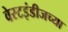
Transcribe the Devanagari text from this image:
वेस्टइंडीजच्या